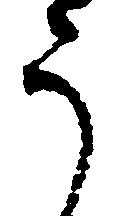
う